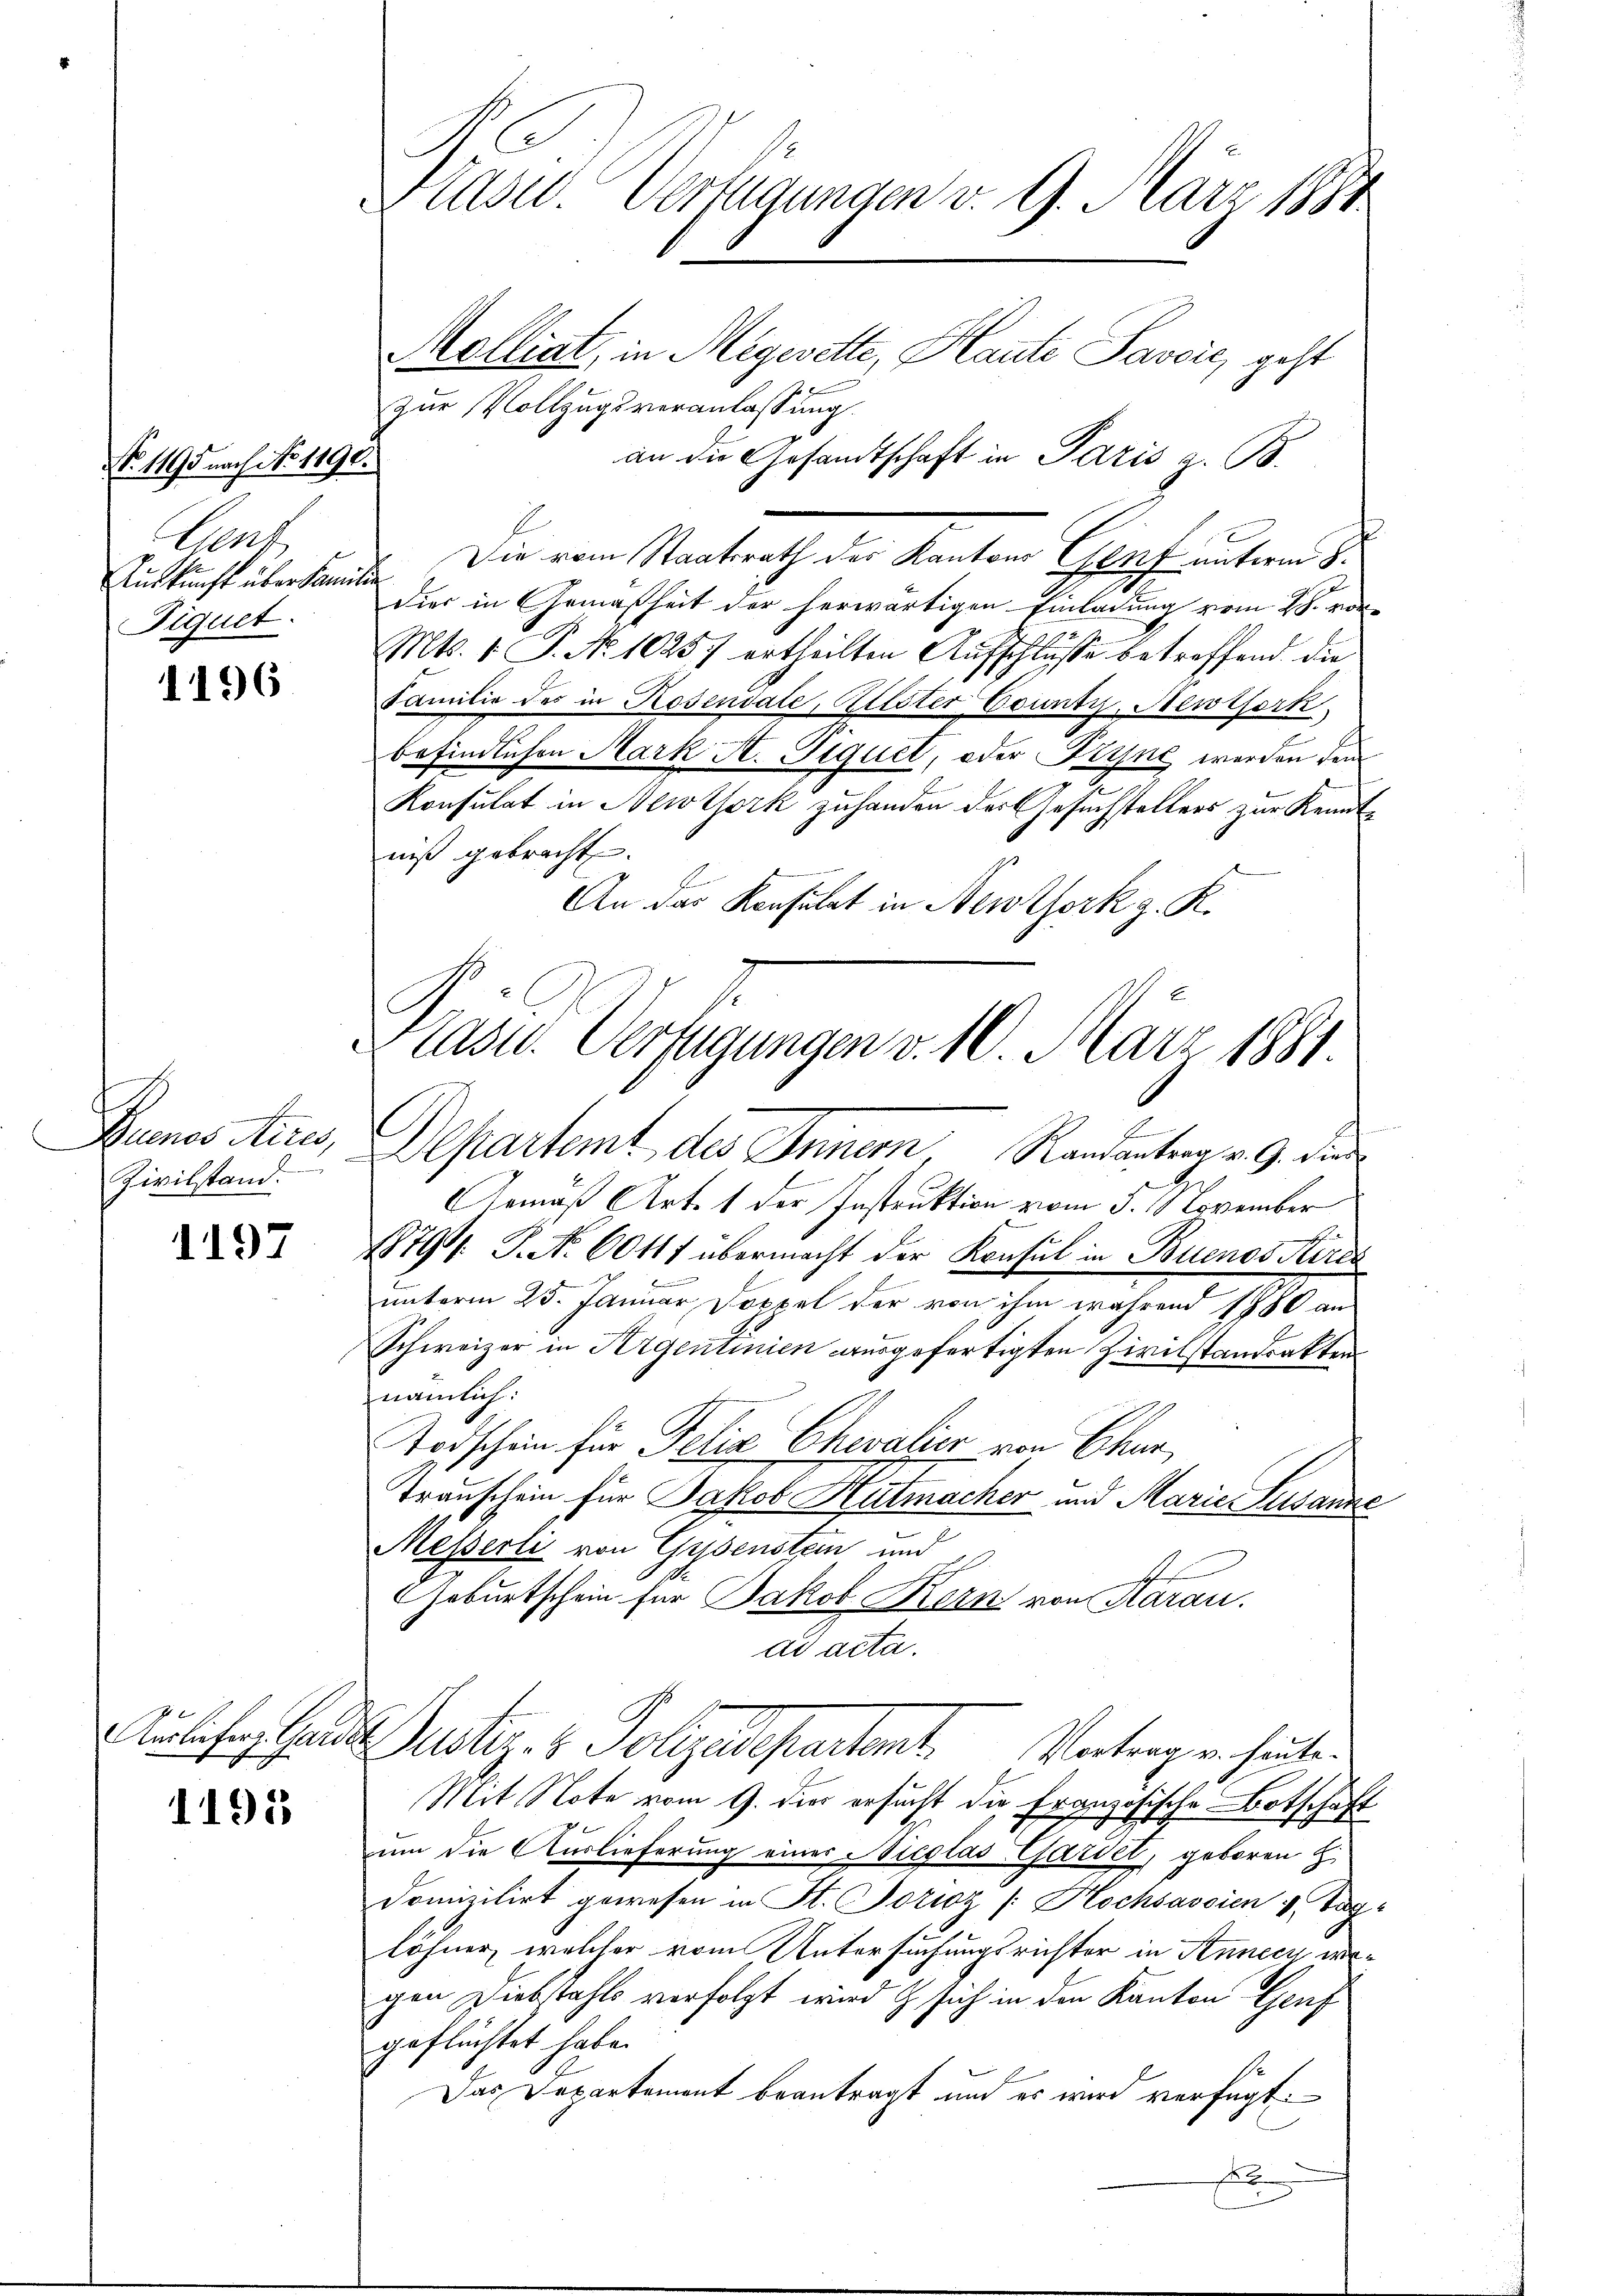
No. 1195 nach No 1190.
Gent
Auskunft übersammten
Fiquet.

1196

.
Zivilstand

1197

1195

Prasw. Verfügungen v. 9. März 1884
Molliat, in Megerette, Haute Pavić, geht

zur Vollzugsveranlassung.

an die Gesandtschaft in Paris z. B.
Die vom Staatsrath der Kantons Genf unterm 8.
dier in Gemäßheit der herwärtigen Einladung vom 28. von
Mts. 1. P. No 1025.) ertheilten Aufschlüsse betreffend die
Familie des in Rosendate, Altster County, Aesthork
befindlichen Mark St. Piquet, oder Ferne werden dem
Konsulat in Newtork zuhanden der Gesuchstellers zur Kenntniß gebracht.
An das Konsulat in Newtork z. K.

Plast. Verfügungen v. 10. März 1881

Buenos Aires, Departent des Innern, Randantrag v. 9. die
Gemäß Art. 1 der Instruktion vom 5. November
1879. P. Nr. 60117 übermacht der Konsul in Buenos Kirch
7
unterm 25. Januar Doppel der von ihm während 1780 an
Schweizer in Agentinien ausgefertigten Zivilstandsakten
nämlich:
Todschein für Felix Chevalier von Chur,
Transchein für Jakob Hutmacher und Marie Susanne
Messerli von Gysenstein und
Geburtschein für Jakob Kern von Aarau.
ad acta.
Anlehn Gelde Justiz- & Polyedepartent. Vertragen heute.
Mit Note vom 9. dies ersucht die Französische Botschaft
um die Auslieferung einer Sieglas-Gardet, geboren H.
Domizilirt gewesen in St. Sozioz /: Kochsascien 4 Taglöhner, welcher vom Untersuchungsrichter in Annecz wegen Diebstahls verfolgt wird & sich in den Kanton Genf
geflüchtet habe.
Das Departement beantragt und es wird verfügt:
E